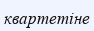
квартетіне